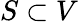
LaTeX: S\subset V